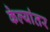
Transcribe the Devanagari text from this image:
केल्यांतर